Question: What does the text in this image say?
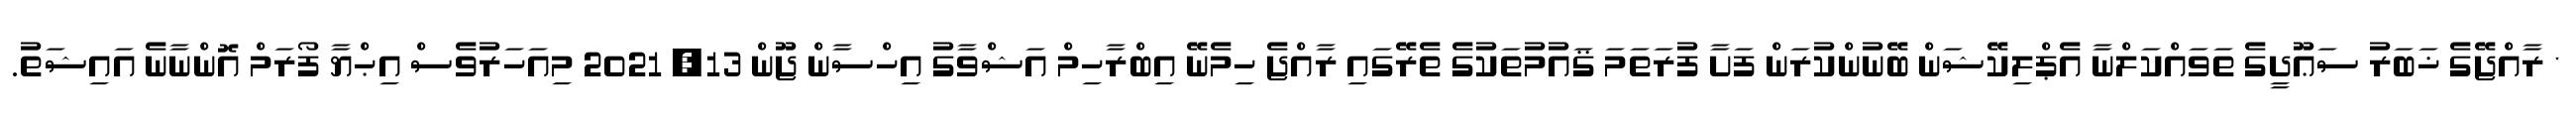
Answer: * ރާއްޖޭގެ ޚަބަރު ސަޢޫދީގެ ތަވައްކަލްނާ އެޕްލިކޭޝަން ބޭނުންކުރަން ފަށާ ފުރަތަމަ ޤައުމުތަކުގެ ތެރޭގައި ރާއްޖެ ހިމެނޭ އިބްރާހިމް އަޝްވާގު އިހްސާން ޖޫން 13, 2021 މިއަހަރުވެސް އިޙްޔާ ފޯރަމް އޮންނާނެ އައިޝަތު.